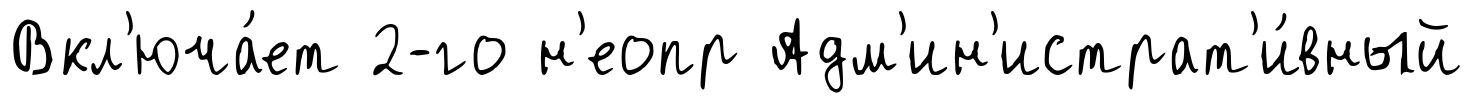
Вкл'юча́ет 2-го н'еопр Адм'ин'истрат'и́вный